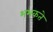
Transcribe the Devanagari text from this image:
भभकते